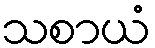
သစာယံ